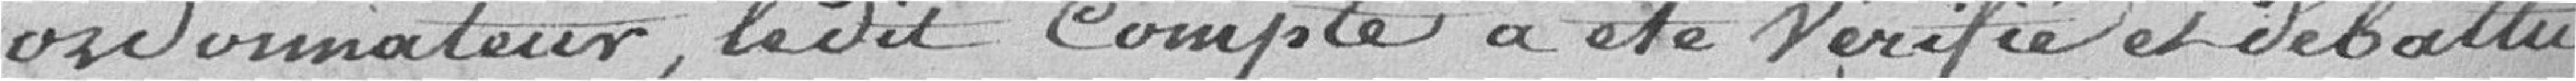
ordonnateur, ledit compte a été vérifié et débattu